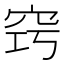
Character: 窍